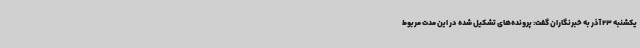
یکشنبه 23 آذر به خبرنگاران گفت: پرونده‌های تشکیل شده در این مدت مربوط